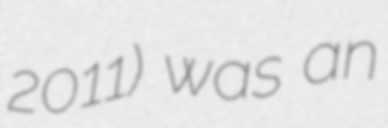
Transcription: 2011) was an